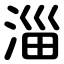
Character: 淄